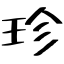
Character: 珍